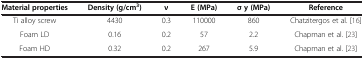
<table><thead><tr><td><b>Material properties</b></td><td><b>Density (g/cm<sup>3</sup>)</b></td><td><b>ν</b></td><td><b>E (MPa)</b></td><td><b>σ y (MPa)</b></td><td><b>Reference</b></td></tr></thead><tbody><tr><td>Ti alloy screw</td><td>4430</td><td>0.3</td><td>110000</td><td>860</td><td>Chatzitergos et al. [16]</td></tr><tr><td>Foam LD</td><td>0.16</td><td>0.2</td><td>57</td><td>2.2</td><td>Chapman et al. [23]</td></tr><tr><td>Foam HD</td><td>0.32</td><td>0.2</td><td>267</td><td>5.9</td><td>Chapman et al. [23]</td></tr></tbody></table>